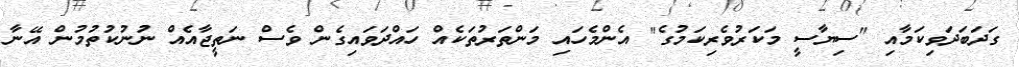
ގަދަބަދަވިކަމާއި "ސިޔާސީ މަކަރުވެރިކަމުގެ" އެންމެހައި މަންތަރުތަކެއް ހައްދަވައިގެން ވެސް ނަތީޖާއެއް ނުނުކުތުމުން އޭނާ